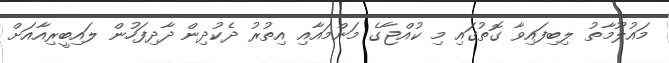
މައުލޫމާތު ލިބިފައިވާ ގޮތުގައި މި ކުއްޖާގެ މަންމައާއި އިތުރު ދެކުދިން ދާދިފަހުން ލައިބީރިއާއަށް